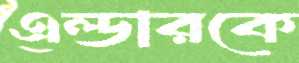
এল্ডারকে